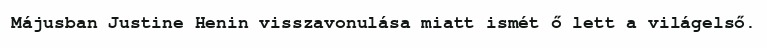
Májusban Justine Henin visszavonulása miatt ismét ő lett a világelső.